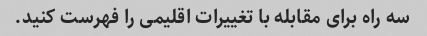
سه راه برای مقابله با تغییرات اقلیمی را فهرست کنید.